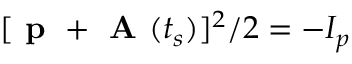
[ \textbf { p } + \textbf { A } ( t _ { s } ) ] ^ { 2 } / 2 = - I _ { p }